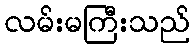
လမ်းမကြီးသည်